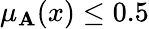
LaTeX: \mu_{\mathbf{A}}(x)\leq0.5